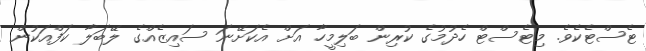
ޓެސްޓެކެވެ. މިޓެސްޓް ހެދުމުގެ ކުރިން ބަލިމީހާ އަށް އެކަށޭނަ ސައިޒެއްްގެ ލޭބަލާ ކަފްއަކުން